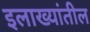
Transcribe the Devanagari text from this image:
इलाख्यांतील